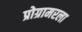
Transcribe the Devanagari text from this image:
प्रोग्रामरला